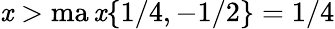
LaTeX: \mathit{x}>\operatorname*{ma\mathit{x}}\{ 1/4,-1/2\} =1/4